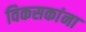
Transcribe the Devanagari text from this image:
विकसकांना